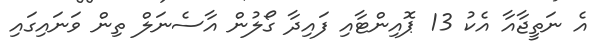
އެ ނަތީޖާއާ އެކު 13 ޕޮއިންޓާއި ފައިދާ ގޯލުން އާސެނަލް ތިން ވަނައިގައި